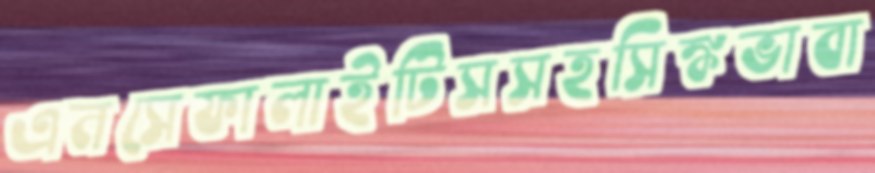
এনসেফালাইটিসসহসিঙ্কভাবা